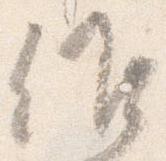
候